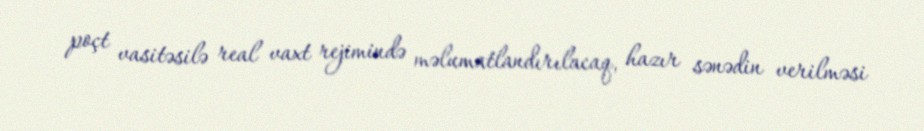
poçt vasitəsilə real vaxt rejimində məlumatlandırılacaq, hazır sənədin verilməsi